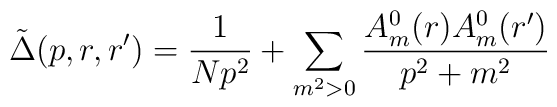
\tilde \Delta(p, r, r')=\frac{1}{Np^2}+\sum_{m^2>0}\frac{A^0_m(r)A^0_m(r')}{p^2+m^2}